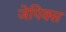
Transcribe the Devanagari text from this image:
जेपिक्स